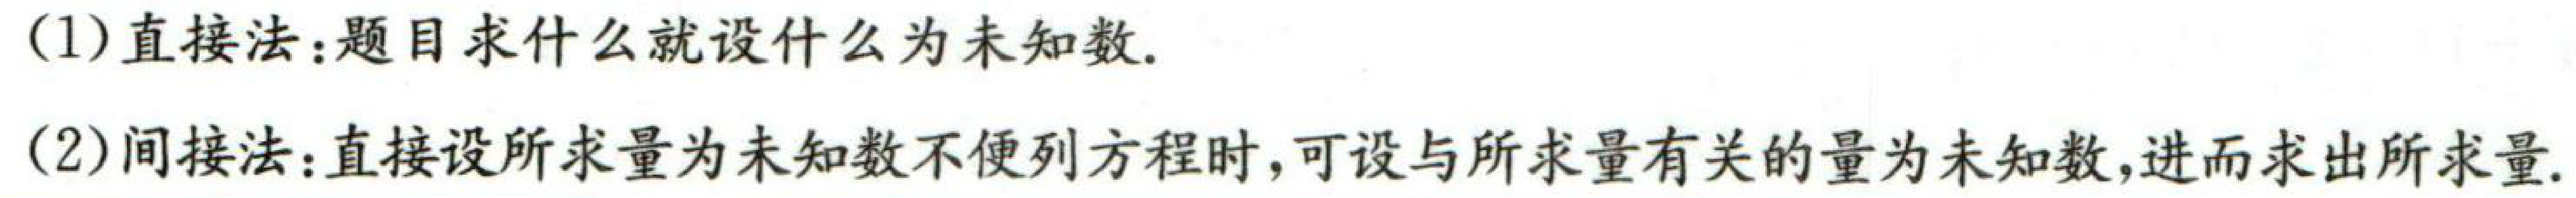
(1) 直接法：题目求什么就设什么为未知数.

(2) 间接法：直接设所求量为未知数不便列方程时，可设与所求量有关的量为未知数，进而求出所求量.